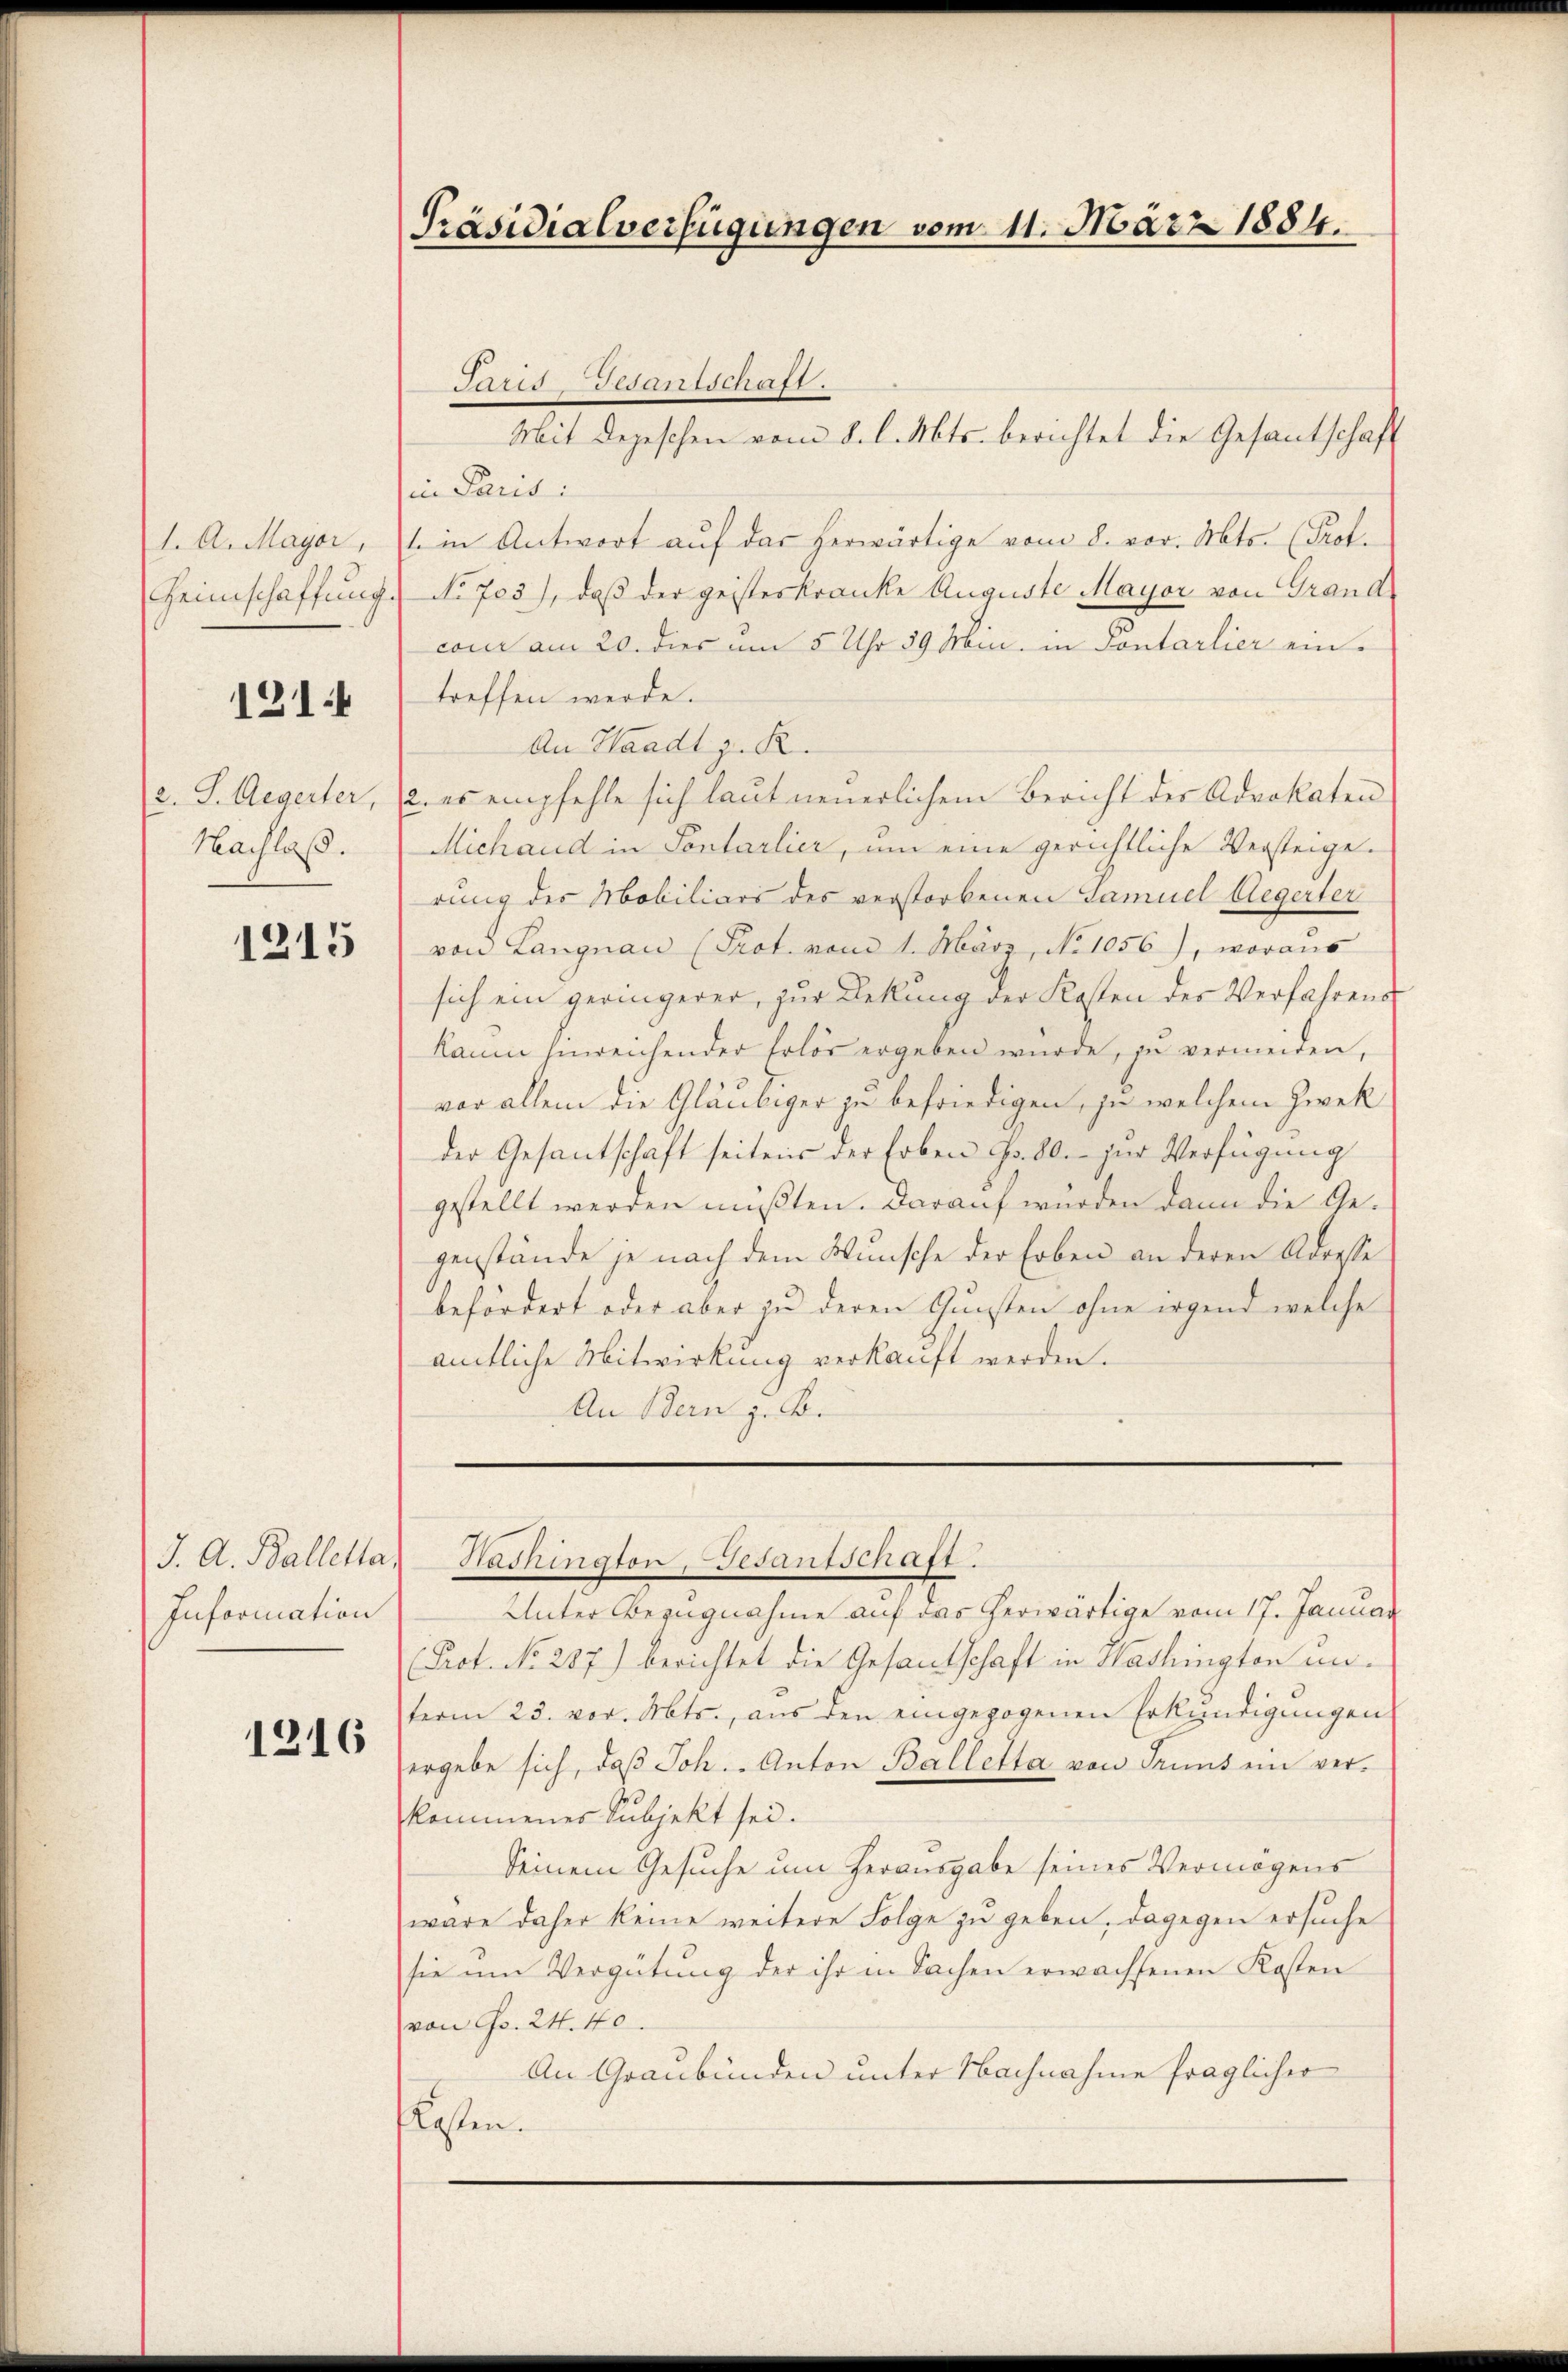
1. A. Mayer,
Heimschaffung.

1214

a. S. Aegerter,
Nachlaß.

1215

J. A. Balletta,
Information

1216

Präsidialverfügungen vom 11. März 1884.

Mit Depeschen vom 8. l. Mts. berichtet die Gesantschaft
in Paris:
t in Antwort auf das herwärtige vom 8. vor. Mts. (Prof.
No 703), daß der geisteskranke Auguste Mayor von Grandcon am 20. dies am 5 Uhr 39 Mn. in Pontarlier eintreffen werde.
An Waadt z. R.
2. es empfehle sich laut neuerlichem Bericht der Advokaten
Michaud in Sontarlier, um eine gerichtliche Versteige.
rung des Mobiliars des verstorbenen Samuel Aegerter
von Langnau (Prot. vom 1. März, No 1056), woraus
sich ein geringerer, zur Deckung der Kosten der Verfahrens
Kaum hinreichender Erlös ergeben wurde, zu vermeiden,
vor allem die Gläubiger zu befriedigen, ja welchem Zwek
der Gesantschaft seitens der Erben Fr. 80. zur Verfügung
gestellt werden mußten. Darauf wurden dann die Gegenstände je nach dem Wunsche der Erben an deren Adresse
befördert oder aber zu deren Gunsten ohne irgend welche
amtliche Mitwirkung verkauft werden.
An Bern z. B.

Jaris Gedantschaft.

Hachington, Gesantschaft.

Unter Bezugnahme auf das herwärtige vom 17. Januar
(Prot. No. 287) berichtet die Gesandschaft in Nachington unterm 23. vor. Mts., aus den eingezogenen Erkundigungen
ergebe sich, daß Joh. - Anton Balletta von Truns ein verkommenes Subjekt sei.
Seinem Gesuche um Herausgabe seines Vermögens
wäre daher keine weitere Folge zu geben, dagegen ersuche
sie um Vergütung der ihr in Sachen erwachsenen Kosten
von Fr. 24. 40
An Graubünden unter Nachnahme fraglicher
flossen.